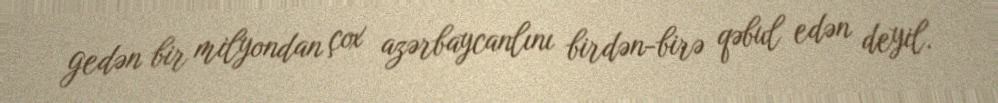
gedən bir milyondan çox azərbaycanlını birdən-birə qəbul edən deyil.